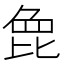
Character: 𣬋